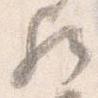
歟